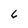
Character: 6